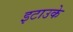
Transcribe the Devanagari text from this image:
इटाउके